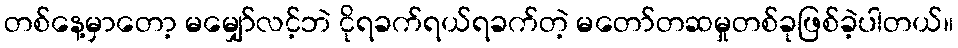
တစ်နေ့မှာတော့ မမျှော်လင့်ဘဲ ငိုရခက်ရယ်ရခက်တဲ့ မတော်တဆမှုတစ်ခုဖြစ်ခဲ့ပါတယ်။